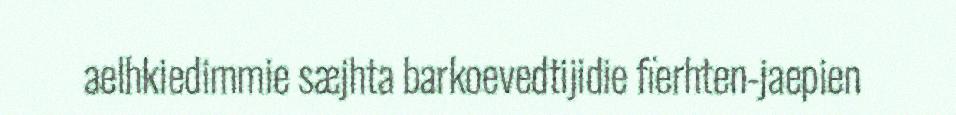
aelhkiedimmie sæjhta barkoevedtijidie fïerhten-jaepien